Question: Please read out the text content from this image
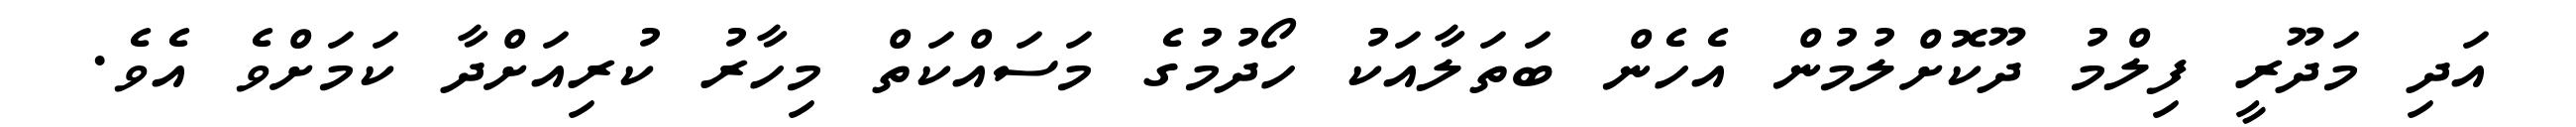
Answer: އަދި މަދޫރީ ފިލްމު ދޫކޮށްލުމުން އެހެން ބަތަލާއަކު ހޯދުމުގެ މަސައްކަތް މިހާރު ކުރިއަށްދާ ކަމަށްވެ އެވެ.